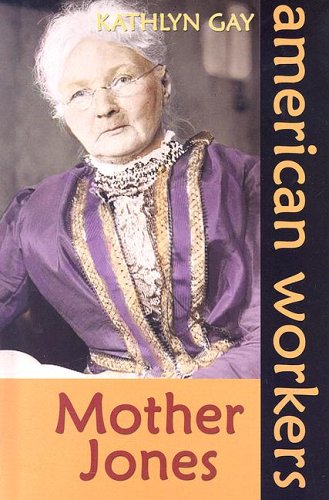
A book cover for Mother Jones; Kathlyn Gay; Teen & Young Adult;